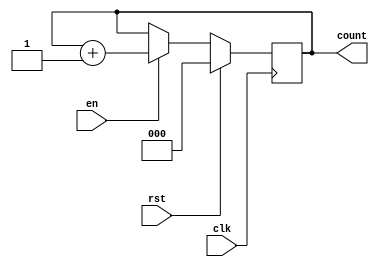
module counter (clk, rst, en, count);

   input clk, rst, en;
   output reg [2:0] count;

   always @(posedge clk)
      if (rst)
         count <= 3'd0;
      else if (en)
         count <= count + 3'd1;

endmodule